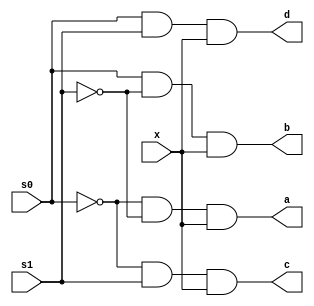
`timescale 1ns / 1ps

/*
Company: Sogang University
Engineer: G_EEE3
Create Date: 2021/11/04 17:08:36
Module Name: one_to_four_demux
*/

module one_to_four_demux(
    input x, s0, s1,
    output a, b, c, d
);

assign a = ~s0 & ~s1 & x;
assign b = s0 & ~s1 & x;
assign c = ~s0 & s1 & x;
assign d = s0 & s1 & x;

endmodule